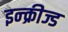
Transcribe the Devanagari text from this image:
इन्क्रीज्ड